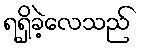
ရရှိခဲ့လေသည်